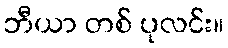
ဘီယာ တစ် ပုလင်း။